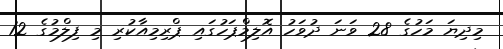
މިދިޔަ މަހުގެ 28 ވަނަ ދުވަހު އޮލިމްޕަހުގައި ޕްރިމިއާކުރި މި ފިލްމުގެ 12